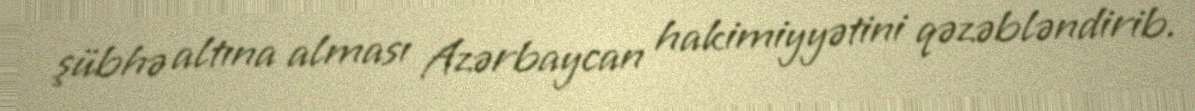
şübhə altına alması Azərbaycan hakimiyyətini qəzəbləndirib.